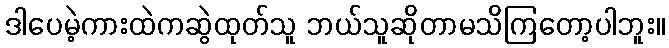
ဒါပေမဲ့ကားထဲကဆွဲထုတ်သူ ဘယ်သူဆိုတာမသိကြတော့ပါဘူး။